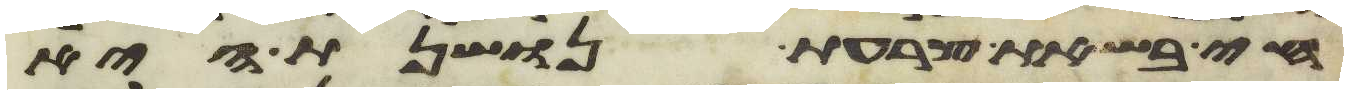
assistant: חי בשאת צרעת נושנת היא